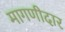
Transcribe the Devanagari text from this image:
मागणीदार